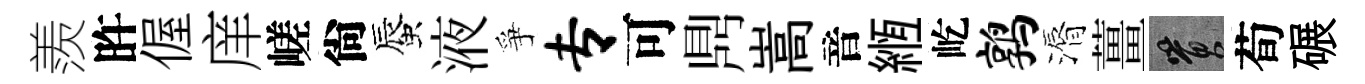
羨旿偓庠嵯尙蜃液爭专可𪔂嵩音縆屹鹑漘薑篔荀碾